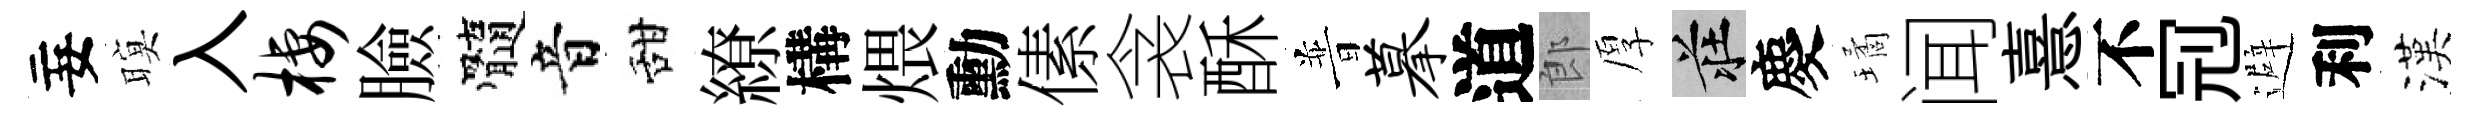
妄暝入栖臉髓音甜繚構煨勳傃衾酥普摹道郎厚莊慶璚闻憙不𠜍避利漢